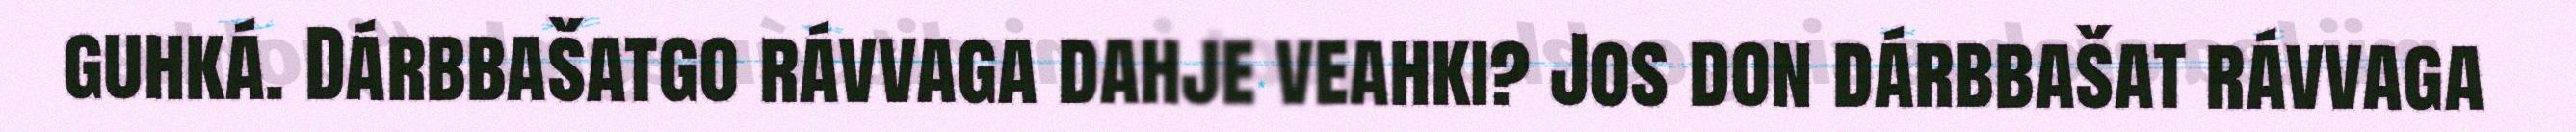
guhká. Dárbbašatgo rávvaga dahje veahki? Jos don dárbbašat rávvaga